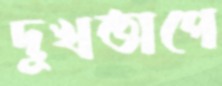
দুখতাপে